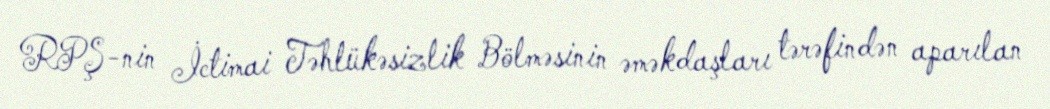
RPŞ-nin İctimai Təhlükəsizlik Bölməsinin əməkdaşları tərəfindən aparılan